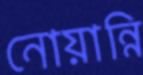
নোয়ান্নি